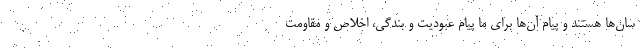
سان‌ها هستند و پیام آن‌ها برای ما پیام عبودیت و بندگی، اخلاص و مقاومت